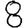
Digit: 8